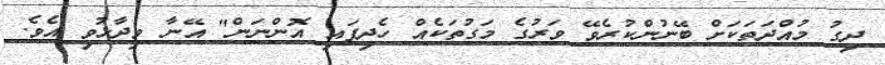
ދިގު މުއްދަތަކަށް ބޭނުންކުރެވޭ ވަރުގެ މަގުތަކެއް ހެދިފައި އޮންނަން" އޭނާ ވިދާޅުވި އެވެ.